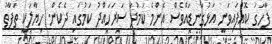
ފާހަގަ ކޮއްފައިވަނީ އަޅުގަނޑައްވެސް އެންމެ ކަމުދާ ސަރަހައްދު ކަމުގައި ދެކެން. ހިޔާލަކީ ތަފާތު